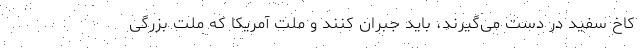
کاخ سفید در دست می‌گیرند، باید جبران کنند و ملت آمریکا که ملت بزرگی